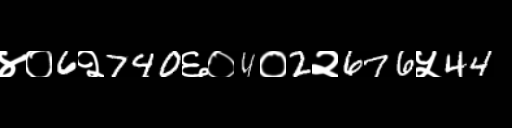
Text: ४०6२740६०4०2२676५44